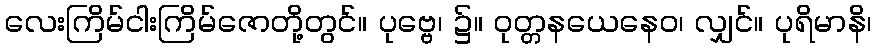
လေးကြိမ်ငါးကြိမ်ဇောတို့တွင်။ ပုဗ္ဗေ၊ ၌။ ဝုတ္တနယေနေဝ၊ လျှင်။ ပုရိမာနိ၊